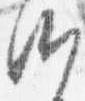
御